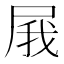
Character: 𡱫